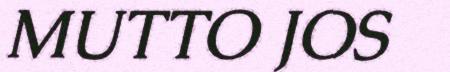
MUTTO JOS